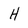
Character: H